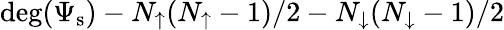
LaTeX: \mathrm{deg}(\Psi_{\mathrm{s}})-N_{\uparrow}(N_{\uparrow}-1)/2-N_{\downarrow}(N_{\downarrow}-1)/2